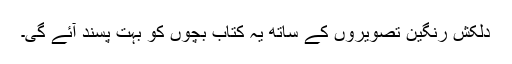
دلکش رنگین تصویروں کے ساتھ یہ کتاب بچوں کو بہت پسند آئے گی۔